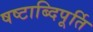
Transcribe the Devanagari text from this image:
षष्टाब्दिपूर्ति